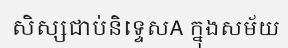
សិស្សជាប់និទ្ទេសA ក្នុងសម័យ